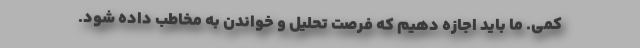
کمی. ما باید اجازه دهیم که فرصت تحلیل و خواندن به مخاطب داده شود.